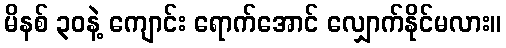
မိနစ် ၃၀နဲ့ ကျောင်း ရောက်အောင် လျှောက်နိုင်မလား။